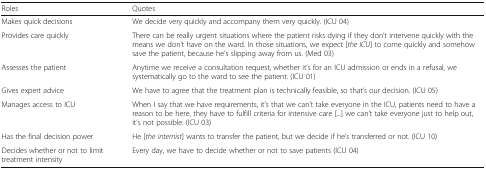
<table><thead><tr><td><b>Roles</b></td><td><b>Quotes</b></td></tr></thead><tbody><tr><td>Makes quick decisions</td><td>We decide very quickly and accompany them very quickly. (ICU 04)</td></tr><tr><td>Provides care quickly</td><td>There can be really urgent situations where the patient risks dying if they don’t intervene quickly with the means we don’t have on the ward. In those situations, we expect [<i>the ICU</i>] to come quickly and somehow save the patient, because he’s slipping away from us. (Med 03)</td></tr><tr><td>Assesses the patient</td><td>Anytime we receive a consultation request, whether it’s for an ICU admission or ends in a refusal, we systematically go to the ward to see the patient. (ICU 01)</td></tr><tr><td>Gives expert advice</td><td>We have to agree that the treatment plan is technically feasible, so that’s our decision. (ICU 05)</td></tr><tr><td>Manages access to ICU</td><td>When I say that we have requirements, it’s that we can’t take everyone in the ICU, patients need to have a reason to be here, they have to fulfill criteria for intensive care [...] we can’t take everyone just to help out, it’s not possible. (ICU 03)</td></tr><tr><td>Has the final decision power</td><td>He [<i>the internist</i>] wants to transfer the patient, but we decide if he’s transferred or not. (ICU 10)</td></tr><tr><td>Decides whether or not to limit treatment intensity</td><td>Every day, we have to decide whether or not to save patients (ICU 04)</td></tr></tbody></table>